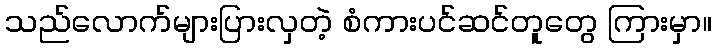
သည်လောက်များပြားလှတဲ့ စံကားပင်ဆင်တူတွေ ကြားမှာ။